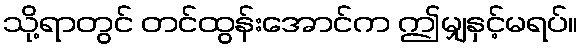
သို့ရာတွင် တင်ထွန်းအောင်က ဤမျှနှင့်မရပ်။